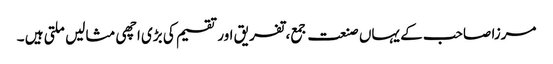
مرزا صاحب کے یہاں صنعت جمع، تفریق اور تقسیم کی بڑی اچھی مثالیں ملتی ہیں ۔